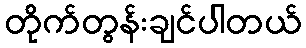
တိုက်တွန်းချင်ပါတယ်